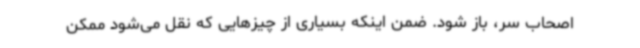
اصحاب سر، باز شود. ضمن اینکه بسیاری از چیزهایی که نقل می‌شود ممکن